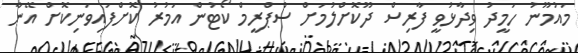
މައުމޫނު ހަމީދު ވިދާޅުވީ ފާރިސް ދޫކޮށްލުމަށް ސުޕްރީމް ކޯޓުން އަމުރު ކޮށްފައިވަނިކޮށް އޭނާ